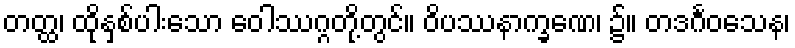
တတ္ထ၊ ထိုနှစ်ပါးသော ဝေါဿဂ္ဂတို့တွင်။ ဝိပဿနာက္ခဏေ၊ ၌။ တဒင်္ဂဝသေန၊